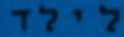
לילד